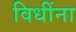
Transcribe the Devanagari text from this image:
विधींना